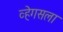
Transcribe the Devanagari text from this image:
व्हेगसला